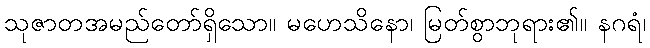
သုဇာတအမည်တော်ရှိသော။ မဟေသိနော၊ မြတ်စွာဘုရား၏။ နဂရံ၊